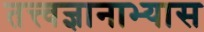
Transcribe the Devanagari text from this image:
तत्त्वज्ञानाभ्यास